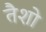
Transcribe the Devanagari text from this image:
तैशो